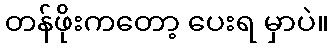
တန်ဖိုးကတော့ ပေးရ မှာပဲ။